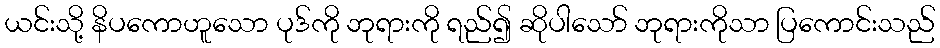
ယင်းသို့ နိပကောဟူသော ပုဒ်ကို ဘုရားကို ရည်၍ ဆိုပါသော် ဘုရားကိုသာ ပြကောင်းသည်